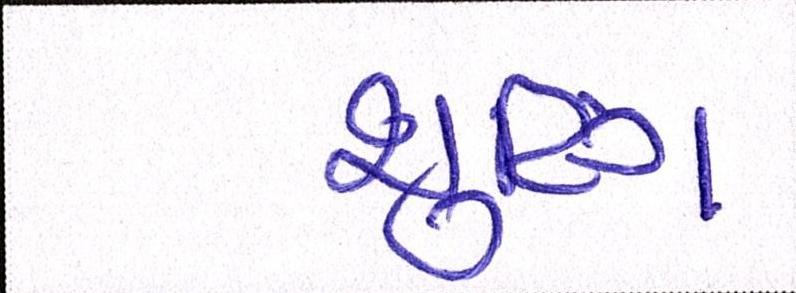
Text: શૂટિંગ